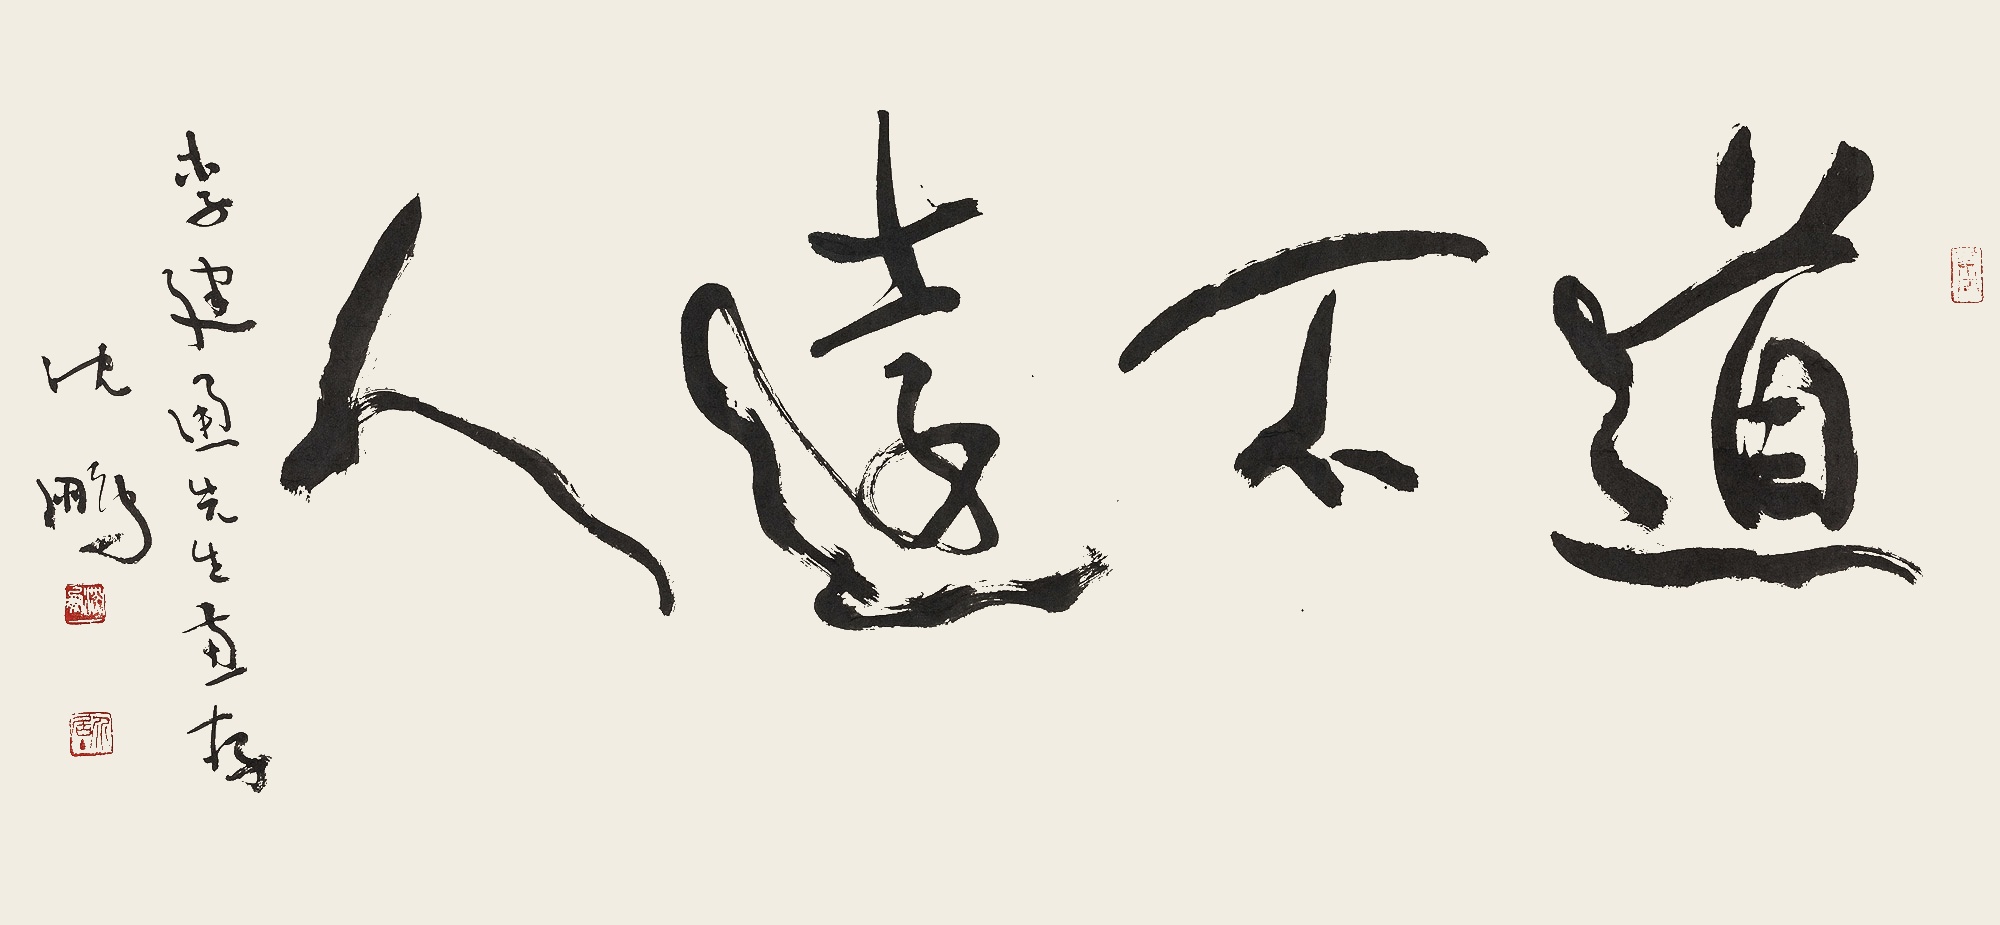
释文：道不远人李建通先生惠存。沈鹏。